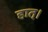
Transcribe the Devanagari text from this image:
हात्।